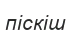
піскіш